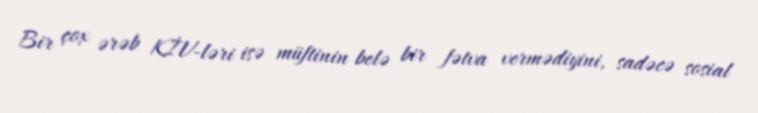
Bir çox ərəb KİV-ləri isə müftinin belə bir fətva vermədiyini, sadəcə sosial